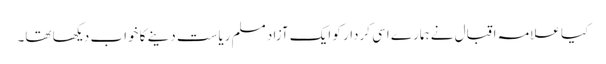
کیا علامہ اقبال نے ہمارے اسی کردار کو ایک آزاد مسلم ریاست دینے کا خواب دیکھا تھا۔